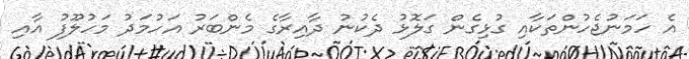
އެ ހަމަނުޖެހުންތަކާއި ގުޅިގެން ގަލޮޅު ދެކުނު ދާއިރާގެ މެންބަރު އަހުމަދު މަހުލޫފު އާއި